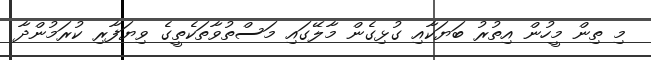
މި ތިން މީހުން އިތުރު ބަޔަކާއި ގުޅިގެން މާލޭގައި މަސްތުވާތަކެތީގެ ވިޔަފާރި ކުރަމުންދާ